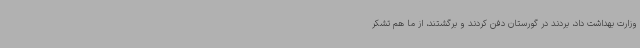
وزارت بهداشت داد، بردند در گورستان دفن کردند و برگشتند، از ما هم تشکر